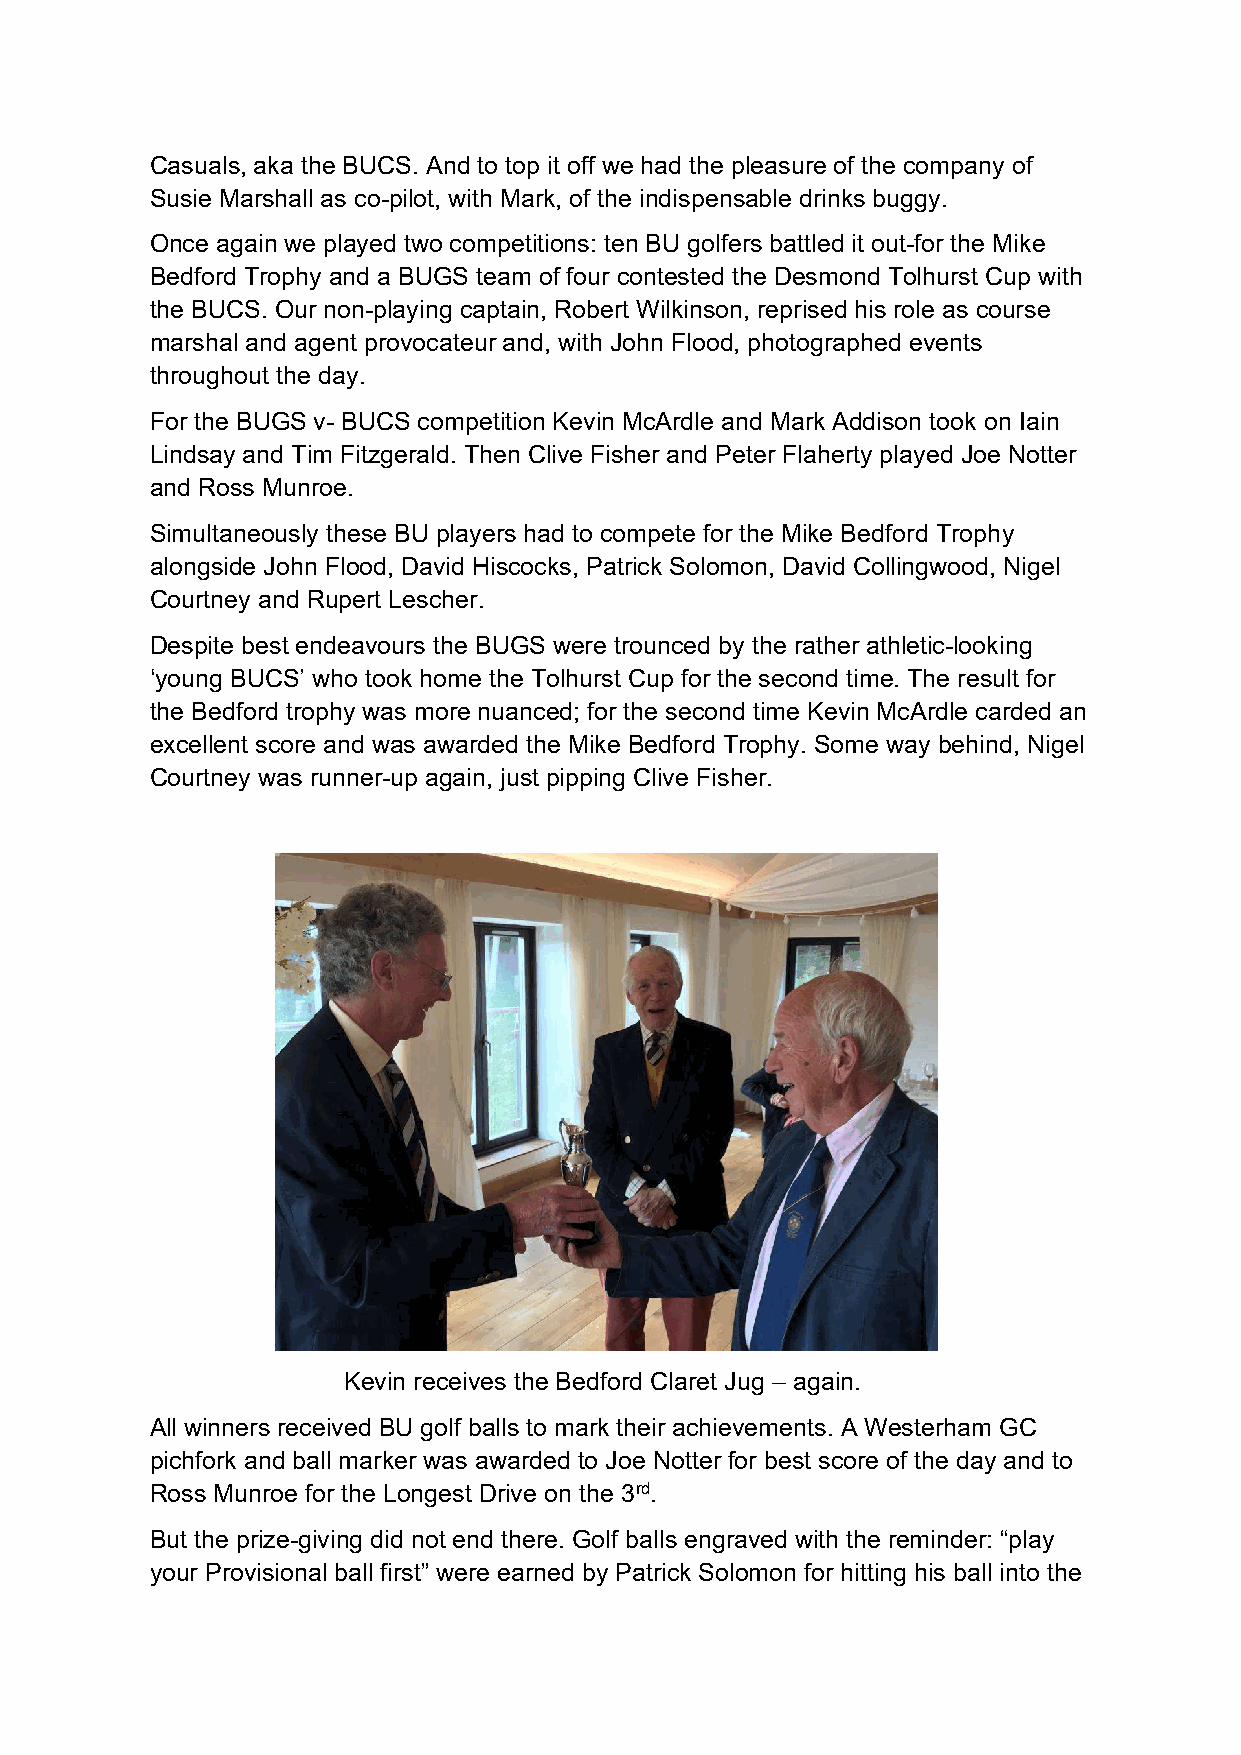
Casuals, aka the BUCS. And to top it off we had the pleasure of the company of
 Susie Marshall as co-pilot, with Mark, of the indispensable drinks buggy.
 Once again we played two competitions: ten BU golfers battled it out-for the Mike
 Bedford Trophy and a BUGS team of four contested the Desmond Tolhurst Cup with
 the BUCS. Our non-playing captain, Robert Wilkinson, reprised his role as course
 marshal and agent provocateur and, with John Flood, photographed events
 throughout the day.
 For the BUGS v- BUCS competition Kevin McArdle and Mark Addison took on Iain
 Lindsay and Tim Fitzgerald. Then Clive Fisher and Peter Flaherty played Joe Notter
 and Ross Munroe.
 Simultaneously these BU players had to compete for the Mike Bedford Trophy
 alongside John Flood, David Hiscocks, Patrick Solomon, David Collingwood, Nigel
 Courtney and Rupert Lescher.
 Despite best endeavours the BUGS were trounced by the rather athletic-looking
 ‘young BUCS’ who took home the Tolhurst Cup for the second time. The result for
 the Bedford trophy was more nuanced; for the second time Kevin McArdle carded an
 excellent score and was awarded the Mike Bedford Trophy. Some way behind, Nigel
 Courtney was runner-up again, just pipping Clive Fisher.
 Kevin receives the Bedford Claret Jug – again.
 All winners received BU golf balls to mark their achievements. A Westerham GC
 pichfork and ball marker was awarded to Joe Notter for best score of the day and to
 Ross Munroe for the Longest Drive on the 3rd.
 But the prize-giving did not end there. Golf balls engraved with the reminder: “play
 your Provisional ball first” were earned by Patrick Solomon for hitting his ball into the